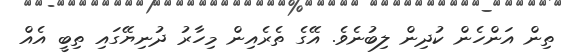
ތިން އަންހެން ކުދިން ލިބުނެވެ. އޭގެ ތެރެއިން މިހާރު ދުނިޔޭގައި ތިބީ އެއް